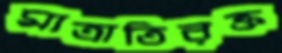
মাত্রাতিরক্ত